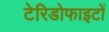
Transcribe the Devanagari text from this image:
टेरिडोफाइटों